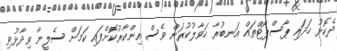
ދެކޮޅު ހަދައި ޕާސްޕޯޓްތައް އަނބުރާ ހަވާލުކުރަން ވެސް އިންކާރުކޮށްފައި ކަމަށް ސެލީނާ ވިދާޅުވި